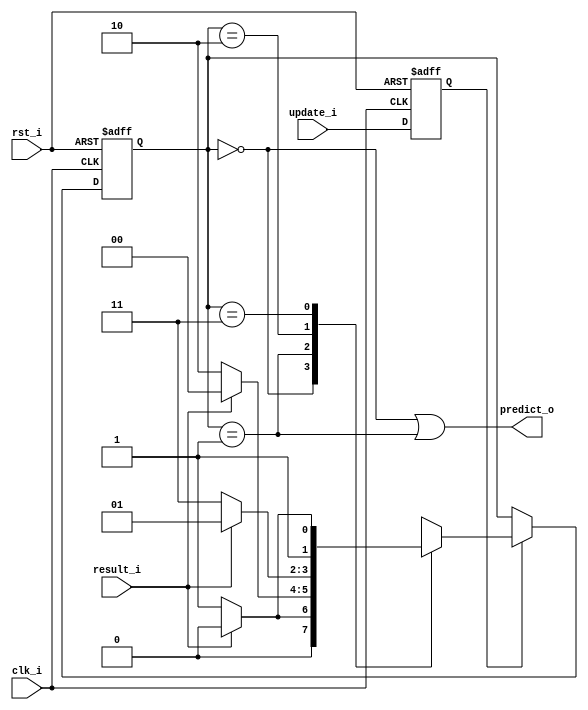
module branch_predictor
(
    clk_i, 
    rst_i,

    update_i, // is current instruction current branch?
	result_i, // is the branch taken?
	predict_o
);
input clk_i, rst_i, update_i, result_i;
output predict_o;

localparam STRONGLY_TAKEN = 0;
localparam WEAKLY_TAKEN = 1;
localparam WEAKLY_NONTAKEN = 2;
localparam STRONGLY_NONTAKEN = 3;

reg [1:0] state_r;
wire [1:0] state_w; // next state

reg last_instr_beq;

assign predict_o = (state_r == STRONGLY_TAKEN) || (state_r == WEAKLY_TAKEN);

function [2:0] next_state;
    input last_is_beq;
    input [1:0] this_state;
    input result;
    begin
        if(last_instr_beq) begin
            case(this_state) 
            STRONGLY_TAKEN: begin
                next_state = result? STRONGLY_TAKEN: WEAKLY_TAKEN;
            end
            WEAKLY_TAKEN: begin
                next_state = result? STRONGLY_TAKEN: WEAKLY_NONTAKEN;
            end
            WEAKLY_NONTAKEN: begin
                next_state = result? WEAKLY_TAKEN: STRONGLY_NONTAKEN;
            end
            STRONGLY_NONTAKEN: begin
                next_state = result? WEAKLY_NONTAKEN: STRONGLY_NONTAKEN; 
            end
            endcase
        end
        else begin
            next_state = this_state;
        end
    end
endfunction

assign state_w = next_state(last_instr_beq, state_r, result_i);

always @(posedge clk_i or posedge rst_i) begin
    if(rst_i) begin
        state_r <= STRONGLY_TAKEN;
        last_instr_beq <= 0;
    end
    else begin
        state_r <= state_w;
        last_instr_beq <= update_i;
    end
end

endmodule